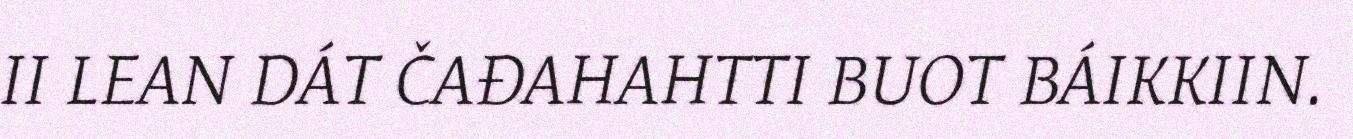
II LEAN DÁT ČAĐAHAHTTI BUOT BÁIKKIIN.